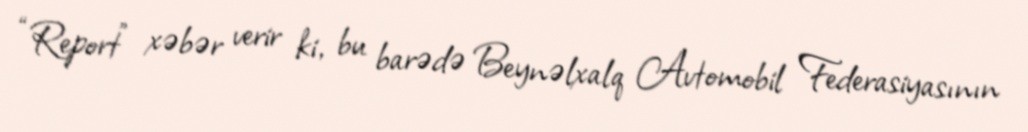
“Report” xəbər verir ki, bu barədə Beynəlxalq Avtomobil Federasiyasının